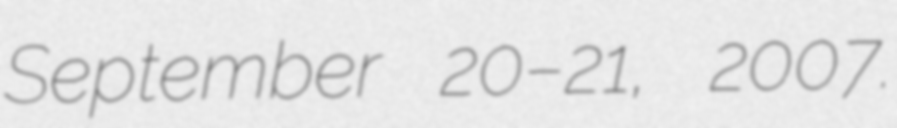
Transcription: September 20–21, 2007.